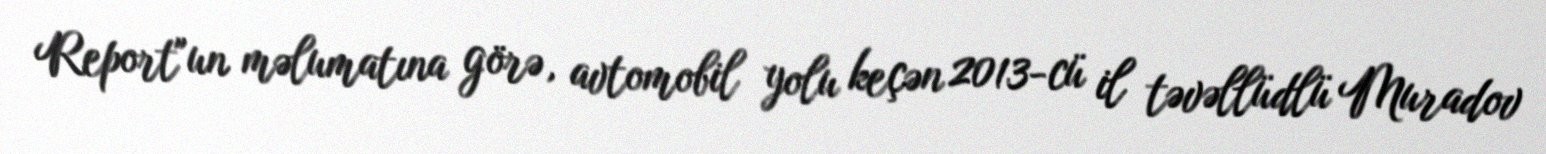
Report"un məlumatına görə, avtomobil yolu keçən 2013-cü il təvəllüdlü Muradov